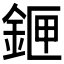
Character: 𨧄